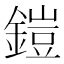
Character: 鎧